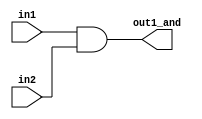
module and_area( // after keyword "module" is its name and portlist
  input wire in1,
  input wire in2,
  output wire out1_and
);
  
  // If we see "assign" it means, that it's register level
  assign out1_and = in1 & in2;
  // and(out1_and, in1, in2); // If we see gates, it means that it's gate level.
endmodule

module gates_area(
  input wire in1,
  input wire in2,
  input wire in3,
  output wire out_or
);
  
  wire internal_wire; // Variable for our internal purposes
  
  and_area A1(in1, in2, internal_wire);
  or(out_or, in3, internal_wire); // It's gate level
endmodule